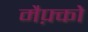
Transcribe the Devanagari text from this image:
मैफ़्को